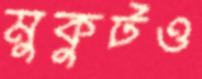
মুকুটও